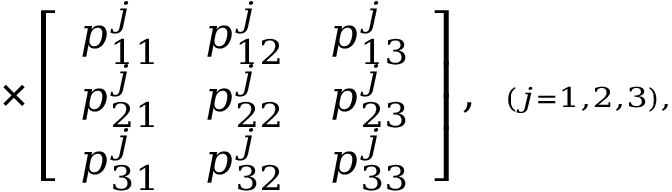
\times \left[ \begin{array} { r r r } { { p _ { 1 1 } ^ { j } } } & { { p _ { 1 2 } ^ { j } } } & { { p _ { 1 3 } ^ { j } } } \\ { { p _ { 2 1 } ^ { j } } } & { { p _ { 2 2 } ^ { j } } } & { { p _ { 2 3 } ^ { j } } } \\ { { p _ { 3 1 } ^ { j } } } & { { p _ { 3 2 } ^ { j } } } & { { p _ { 3 3 } ^ { j } } } \end{array} \right] , \verb + + \scriptscriptstyle { ( j = 1 , 2 , 3 ) } ,